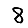
Digit: 8